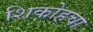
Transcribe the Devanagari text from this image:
शिकोहचा